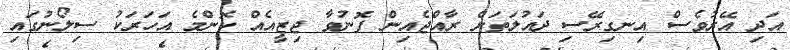
އަދި އޭރުވެސް އިނގިރޭސި ދައުލަތަށް ރާއްޖެއިން ފޮނުވާ ޖިޒީއެއް ކޮންމެ އަހަރަކު ސިލޯނުގައި